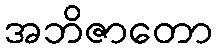
အဘိဇာတော